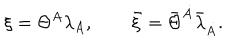
\xi = \Theta ^ { A } { \lambda } _ { A } , \qquad \bar { \xi } = \bar { \Theta } ^ { \dot { A } } \bar { \lambda } _ { \dot { A } } .